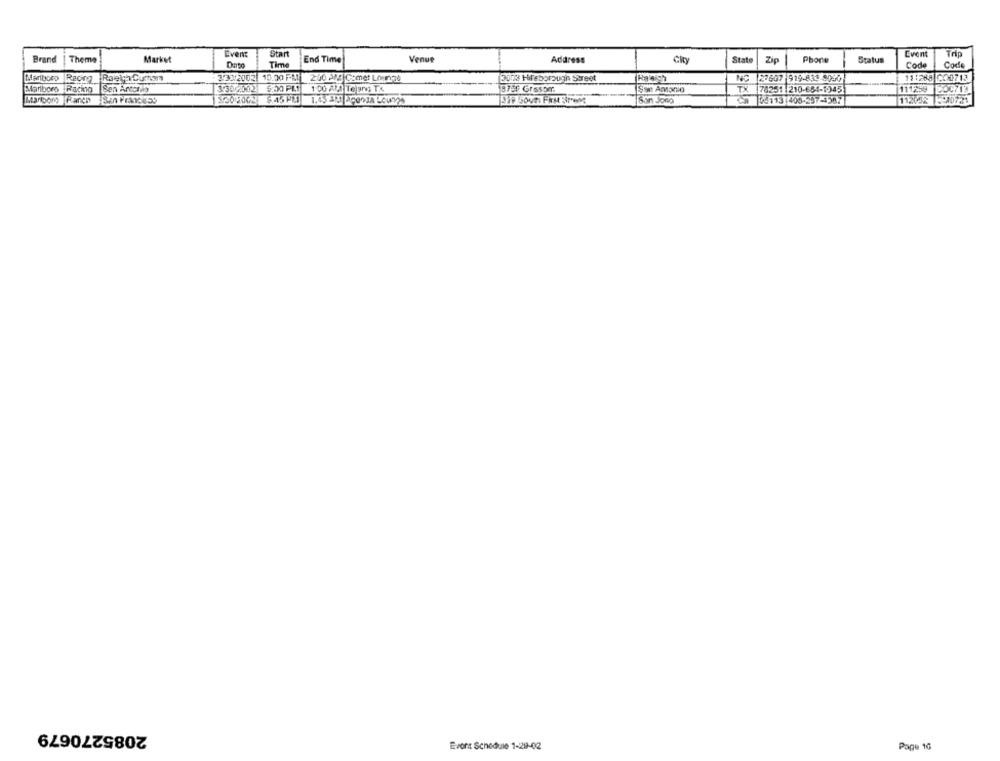
Even
Start
Event
Trip
Brand
Thema
Market
End Time
Venue
Address
Čky
State
Zip
Phone
Status
Date
Time
Code
Code
11:288 000713
Marlboro Racing Raeka Curam
337/2002 10.00 PM2:00 AM|C_met Lounge
13008 Hileborough Street
Ranch
NO 27607 919-833 9030
Marlboro Racing
3-302.002
9:50 PLI
1 00 ALA Tejang Tx
18750 Grssom.
TX 78251 210-654-1945
111259 200713
1.45 313 Beenda Lounge
San Jong
04113 408-257-1387
112052 -20721
ManSom Kanen San Princess
2085270679
Evont Schedule 1-29-02
Page 10